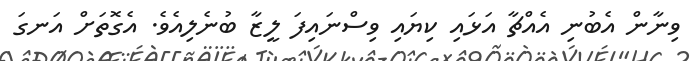
ވިނާން އެބުނި އެއްޗާ އަޅައި ކިޔައި ވިސްނައިފަ ލީޒާ ބުނެލިއެވެ. އެގޮތަށް އަނގަ